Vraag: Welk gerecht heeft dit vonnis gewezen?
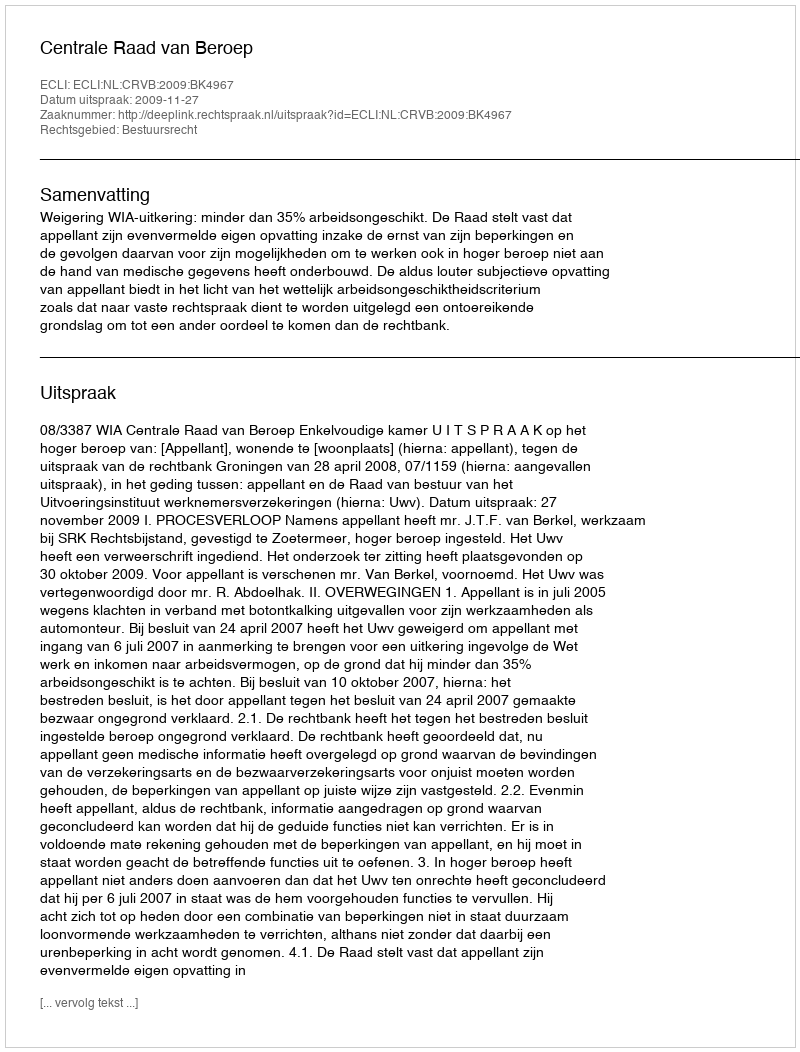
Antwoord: Centrale Raad van Beroep